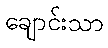
ချောင်းသာ